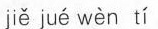
jiě jué wèn tí